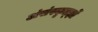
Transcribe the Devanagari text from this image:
अंसंस्कृत्ज्ञों